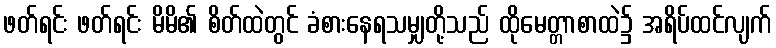
ဖတ်ရင်း ဖတ်ရင်း မိမိ၏ စိတ်ထဲတွင် ခံစားနေရသမျှတို့သည် ထိုမေတ္တာစာထဲ၌ အရိပ်ထင်လျက်